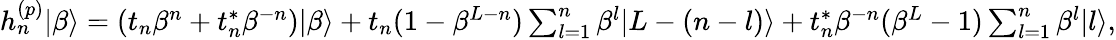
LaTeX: \begin{array}{r}{h_{n}^{(p)}|\beta\rangle=(t_{n}\beta^{n}+t_{n}^{\ast}\beta^{-n})|\beta\rangle+t_{n}(1-\beta^{L-n})\sum_{l=1}^{n}\beta^{l}|L-(n-l)\rangle+t_{n}^{\ast}\beta^{-n}(\beta^{L}-1)\sum_{l=1}^{n}\beta^{l}|l\rangle,}\end{array}